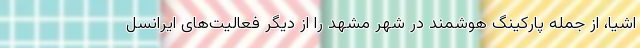
اشیا، از جمله پارکینگ هوشمند در شهر مشهد را از دیگر فعالیت‌های ایرانسل